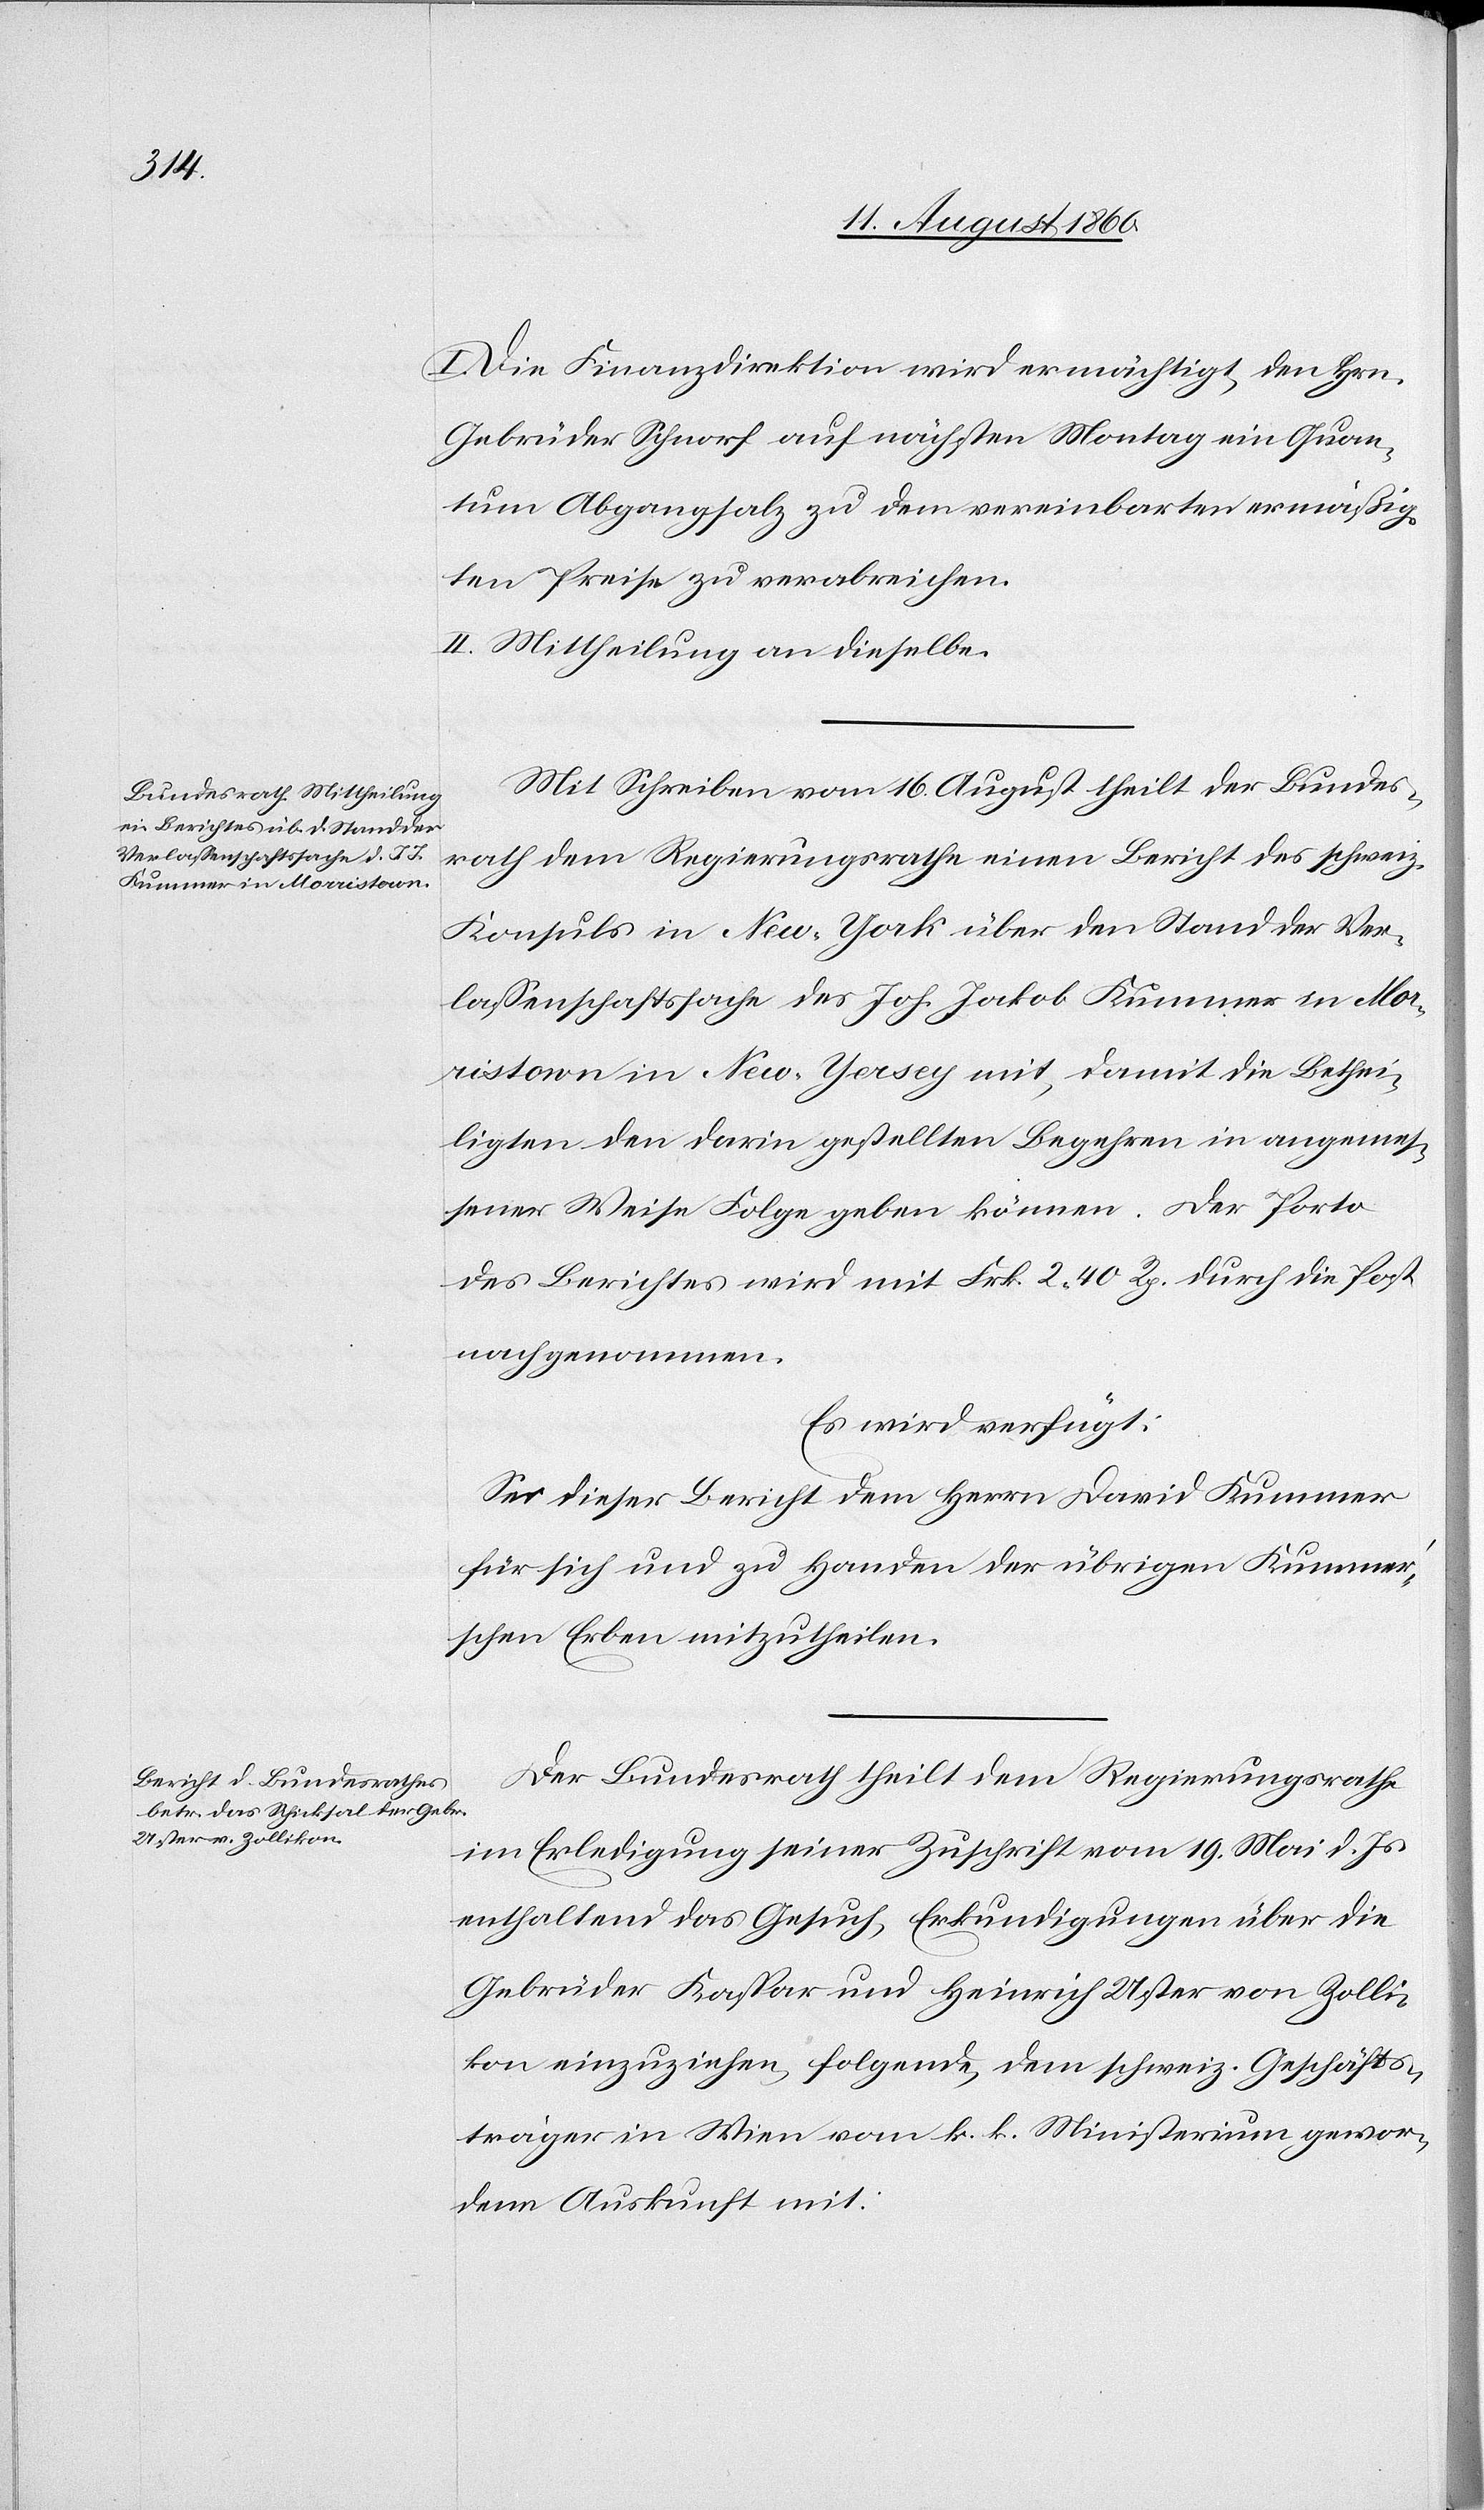
18. August 1860.]
I. Die Finanzdirektion wird ermächtigt, den Herren
Gebrüder Schnorf auf nächsten Montag ein Quan¬
tum Abgangsalz zu dem vereinbarten ermässig¬
ten Preise zu verabreichen.
II. Mittheilung an dieselbe.
Mit Schreiben vom 16. August theilt der Bundes¬
rath dem Regierungsrathe einen Bericht des schweiz.
Konsuls in New-York über den Stand der Ver¬
lassenschaftssache der Joh. Jakob Kummer in Mor¬
ristown in New-Yersey mit, damit die Bethei¬
ligten den darin gestellten Begehren in angemes¬
sener Weise Folge geben können. Der Porto
des Berichtes wird mit fcs. 2. 40C durch die Post
nachgenommen.
Es wird verfügt:
Sei dieser Bericht dem Herrn David Kummer
für sich und zu Handen der übrigen Kummer¬
schen Erben mitzutheilen.
Der Bundesrath theilt dem Regierungsrathe
in Erledigung seiner Zuschrift vom 19. Mai d. Js.
enthaltend das Gesuch, Erkundigungen über die
Gebrüder Kaspar und Heinrich Uster von Zolli¬
kon einzuziehen, folgende, dem schweiz. Geschäfts¬
träger in Wien vom k. k. Ministerium gewor¬
dene Auskunft mit.